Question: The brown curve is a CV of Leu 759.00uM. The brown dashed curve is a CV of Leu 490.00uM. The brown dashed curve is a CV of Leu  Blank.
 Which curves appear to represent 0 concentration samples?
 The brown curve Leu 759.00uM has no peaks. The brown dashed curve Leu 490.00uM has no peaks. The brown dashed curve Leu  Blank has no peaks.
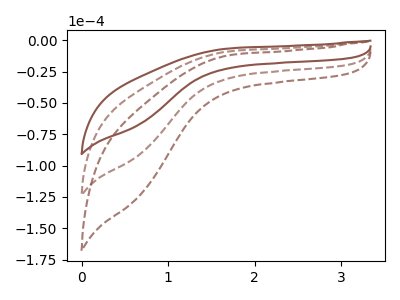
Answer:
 <answer>"Leu 759.00uM", "Leu 490.00uM" and "Leu  Blank" are likely to be blanks.</answer>
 <eval>"Leu 759.00uM", "Leu 490.00uM", "Leu  Blank"</eval>